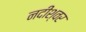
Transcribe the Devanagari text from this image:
नदीश्वर